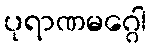
ပုရာဏမဂ္ဂေါ